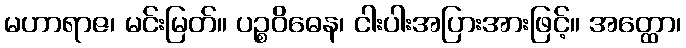
မဟာရာဇ၊ မင်းမြတ်။ ပဉ္စဝိဓေန၊ ငါးပါးအပြားအားဖြင့်။ အတ္ထော၊